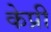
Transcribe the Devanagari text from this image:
केप्री